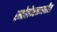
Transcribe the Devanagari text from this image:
स्मोलेन्स्कमधील